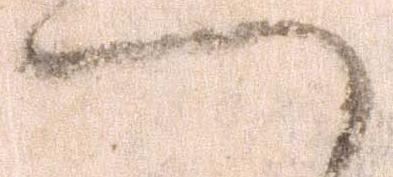
へ